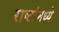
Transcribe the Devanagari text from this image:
राष्टांमध्ये